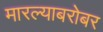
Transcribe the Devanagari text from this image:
मारल्याबरोबर